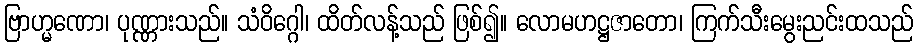
ဗြာဟ္မဏော၊ ပုဏ္ဏားသည်။ သံဝိဂ္ဂေါ၊ ထိတ်လန့်သည် ဖြစ်၍။ လောမဟဋ္ဌဇာတော၊ ကြက်သီးမွေးညင်းထသည်